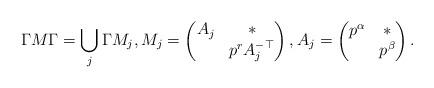
LaTeX: \begin{align*}\Gamma M \Gamma = \bigcup_j \Gamma M_j, M_j = \left(\begin{matrix}A_j & \ast \\ & p^r A_j^{-\top} \end{matrix}\right), A_j = \left(\begin{matrix}p^{\alpha} & \ast\\ & p^{\beta} \end{matrix}\right).\end{align*}